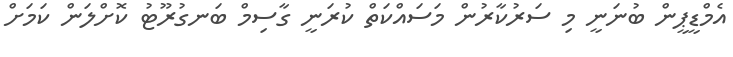
އެމްޑީޕީން ބުނަނީ މި ސަރުކާރުން މަސައްކަތް ކުރަނީ ގާސިމް ބަނގުރޫޓު ކޮށްލަން ކަމަށް